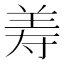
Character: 𦍸